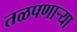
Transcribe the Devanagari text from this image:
तळपणार्‍या